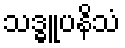
သဒ္ဓူပနိသံ